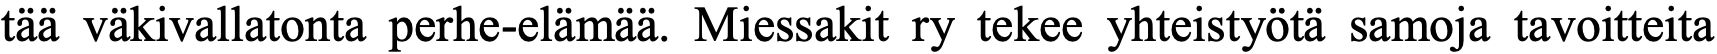
tää väkivallatonta perhe-elämää. Miessakit ry tekee yhteistyötä samoja tavoitteita